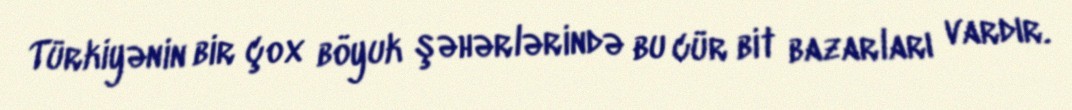
Türkiyənin bir çox böyuk şəhərlərində bu cür bit bazarları vardır.